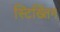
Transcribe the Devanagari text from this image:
स्टिख्तिंग